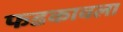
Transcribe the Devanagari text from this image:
फडकावला